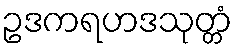
ဥဒကရဟဒသုတ္တံ